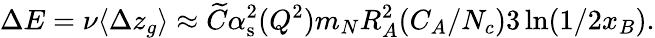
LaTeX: \Delta E=\nu\langle\Delta z_{g}\rangle\approx\widetilde{C}\alpha_{\mathrm{s}}^{2}(Q^{2})m_{N}R_{A}^{2}(C_{A}/N_{c})3\ln(1/2x_{B}).